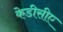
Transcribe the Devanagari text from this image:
केडीसीए